Scottish Leaving Certificate Examination, 1956
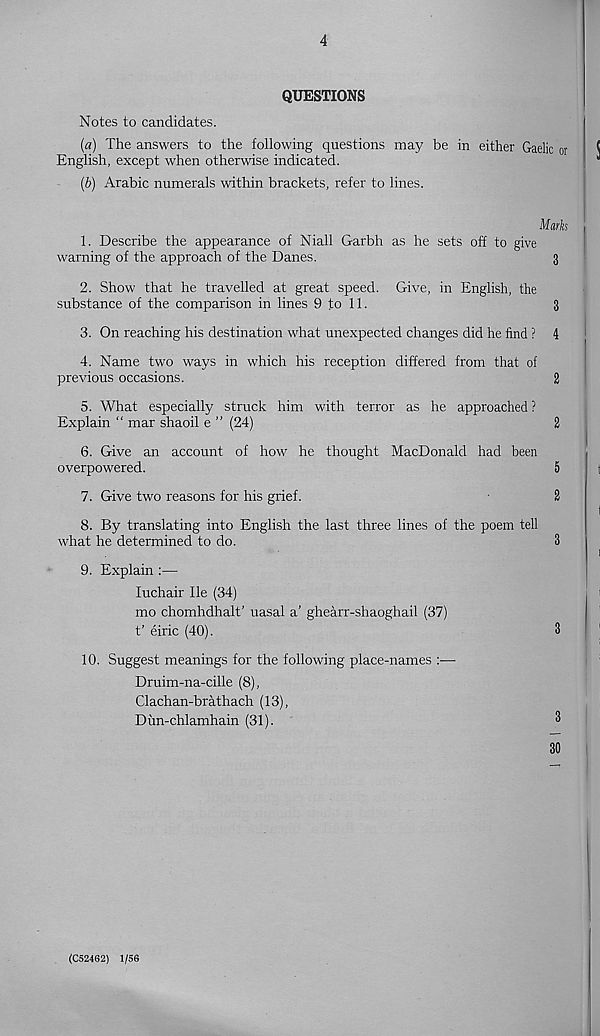
4
QUESTIONS
Notes to candidates.
(a) The answers to the following questions may be in either Gaelic or
English, except when otherwise indicated.
(b) Arabic numerals within brackets, refer to lines.
Mark
1. Describe the appearance of Niall Garbh as he sets off to give
warning of the approach of the Danes.
3
2. Show that he travelled at great speed. Give, in English, the
substance of the comparison in lines 9 to 11.
3
3. On reaching his destination what unexpected changes did he find ? 4
4. Name two ways in which his reception differed from that of
previous occasions.
2
5. What especially struck him with terror as he approached ?
Explain “ mar shaoil e ” (24)
2
6. Give an account of how he thought MacDonald had been
overpowered.
5
7. Give two reasons for his grief.
2
8. By translating into English the last three lines of the poem tell
what he determined to do.
3
9. Explain :—
luchair He (34)
mo chomhdhalt’ uasal a’ ghearr-shaoghail (37)
t’ eiric (40).
3
10. Suggest meanings for the following place-names :—
Druim-na-cille (8),
Clachan-brathach (13),
Dim-chlamhain (31).
3
30
(C524G2) 1/56